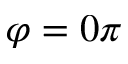
\varphi = 0 \pi